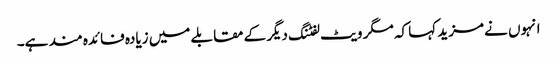
انہوں نے مزید کہا کہ مگر ویٹ لفٹنگ دیگر کے مقابلے میں زیادہ فائدہ مند ہے۔